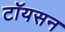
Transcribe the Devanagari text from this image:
टॉयसन